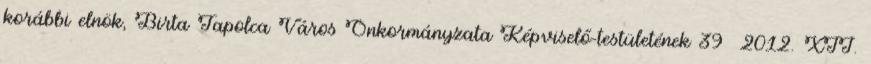
korábbi elnök, Birta Tapolca Város Önkormányzata Képviselő-testületének 39 2012. XII.